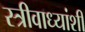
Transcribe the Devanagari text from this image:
स्त्रीवाध्यांशी